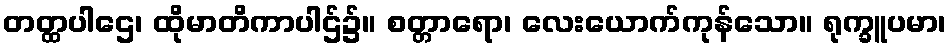
တတ္ထပါဌေ၊ ထိုမာတိကာပါဌ်၌။ စတ္တာရော၊ လေးယောက်ကုန်သော။ ရုက္ခူပမာ၊